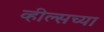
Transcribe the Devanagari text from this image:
व्हील्सच्या